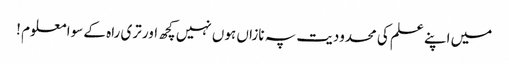
میں اپنے علم کی محدودیت پہ نازاں ہوں نہیں کچھ اور تری راہ کے سوا معلوم !